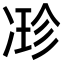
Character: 𠗰